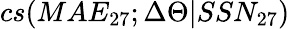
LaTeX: cs(MAE_{27};\Delta\Theta|SSN_{27})